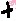
Text: +